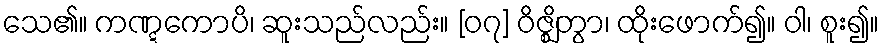
သေ၏။ ကဏ္ဋကောပိ၊ ဆူးသည်လည်း။ [၀၇] ဝိဇ္ဈိတွာ၊ ထိုးဖောက်၍။ ဝါ၊ စူး၍။